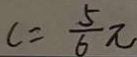
c = \frac { 5 } { 6 } \pi